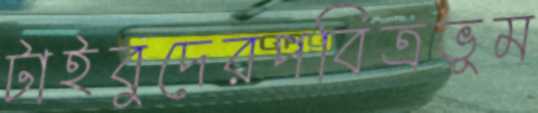
টাইবুদেরপবিত্রভূম